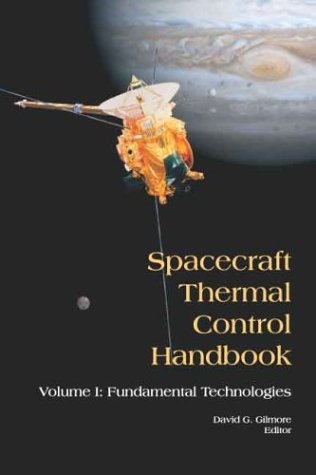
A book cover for Spacecraft Thermal Control Handbook, Volume I: Fundamental Technologies; David G. Gilmore; Engineering & Transportation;